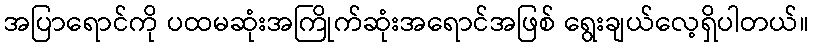
အပြာရောင်ကို ပထမဆုံးအကြိုက်ဆုံးအရောင်အဖြစ် ရွေးချယ်လေ့ရှိပါတယ်။